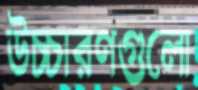
উচ্চারণগুলো